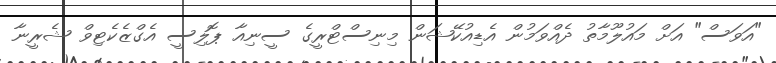
"އަވަސް" އަށް މައުލޫމާތު ދެއްވަމުން އެޑިއުކޭޝަން މިނިސްޓްރީގެ ސީނިއާ ޕޮލިސީ އެގްޒެކެޓިވް ޝެރީނާ